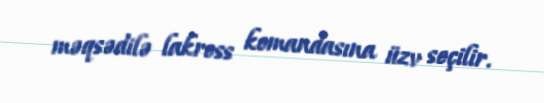
məqsədilə lakross komandasına üzv seçilir.